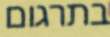
בתרגום